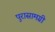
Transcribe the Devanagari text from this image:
पुरासामग्री